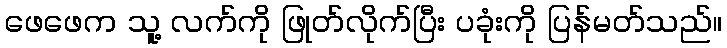
ဖေဖေက သူ့ လက်ကို ဖြုတ်လိုက်ပြီး ပခုံးကို ပြန်မတ်သည်။